38_143685_box_Incident_Summaries_173-233
Agency: Department of War
Page 132
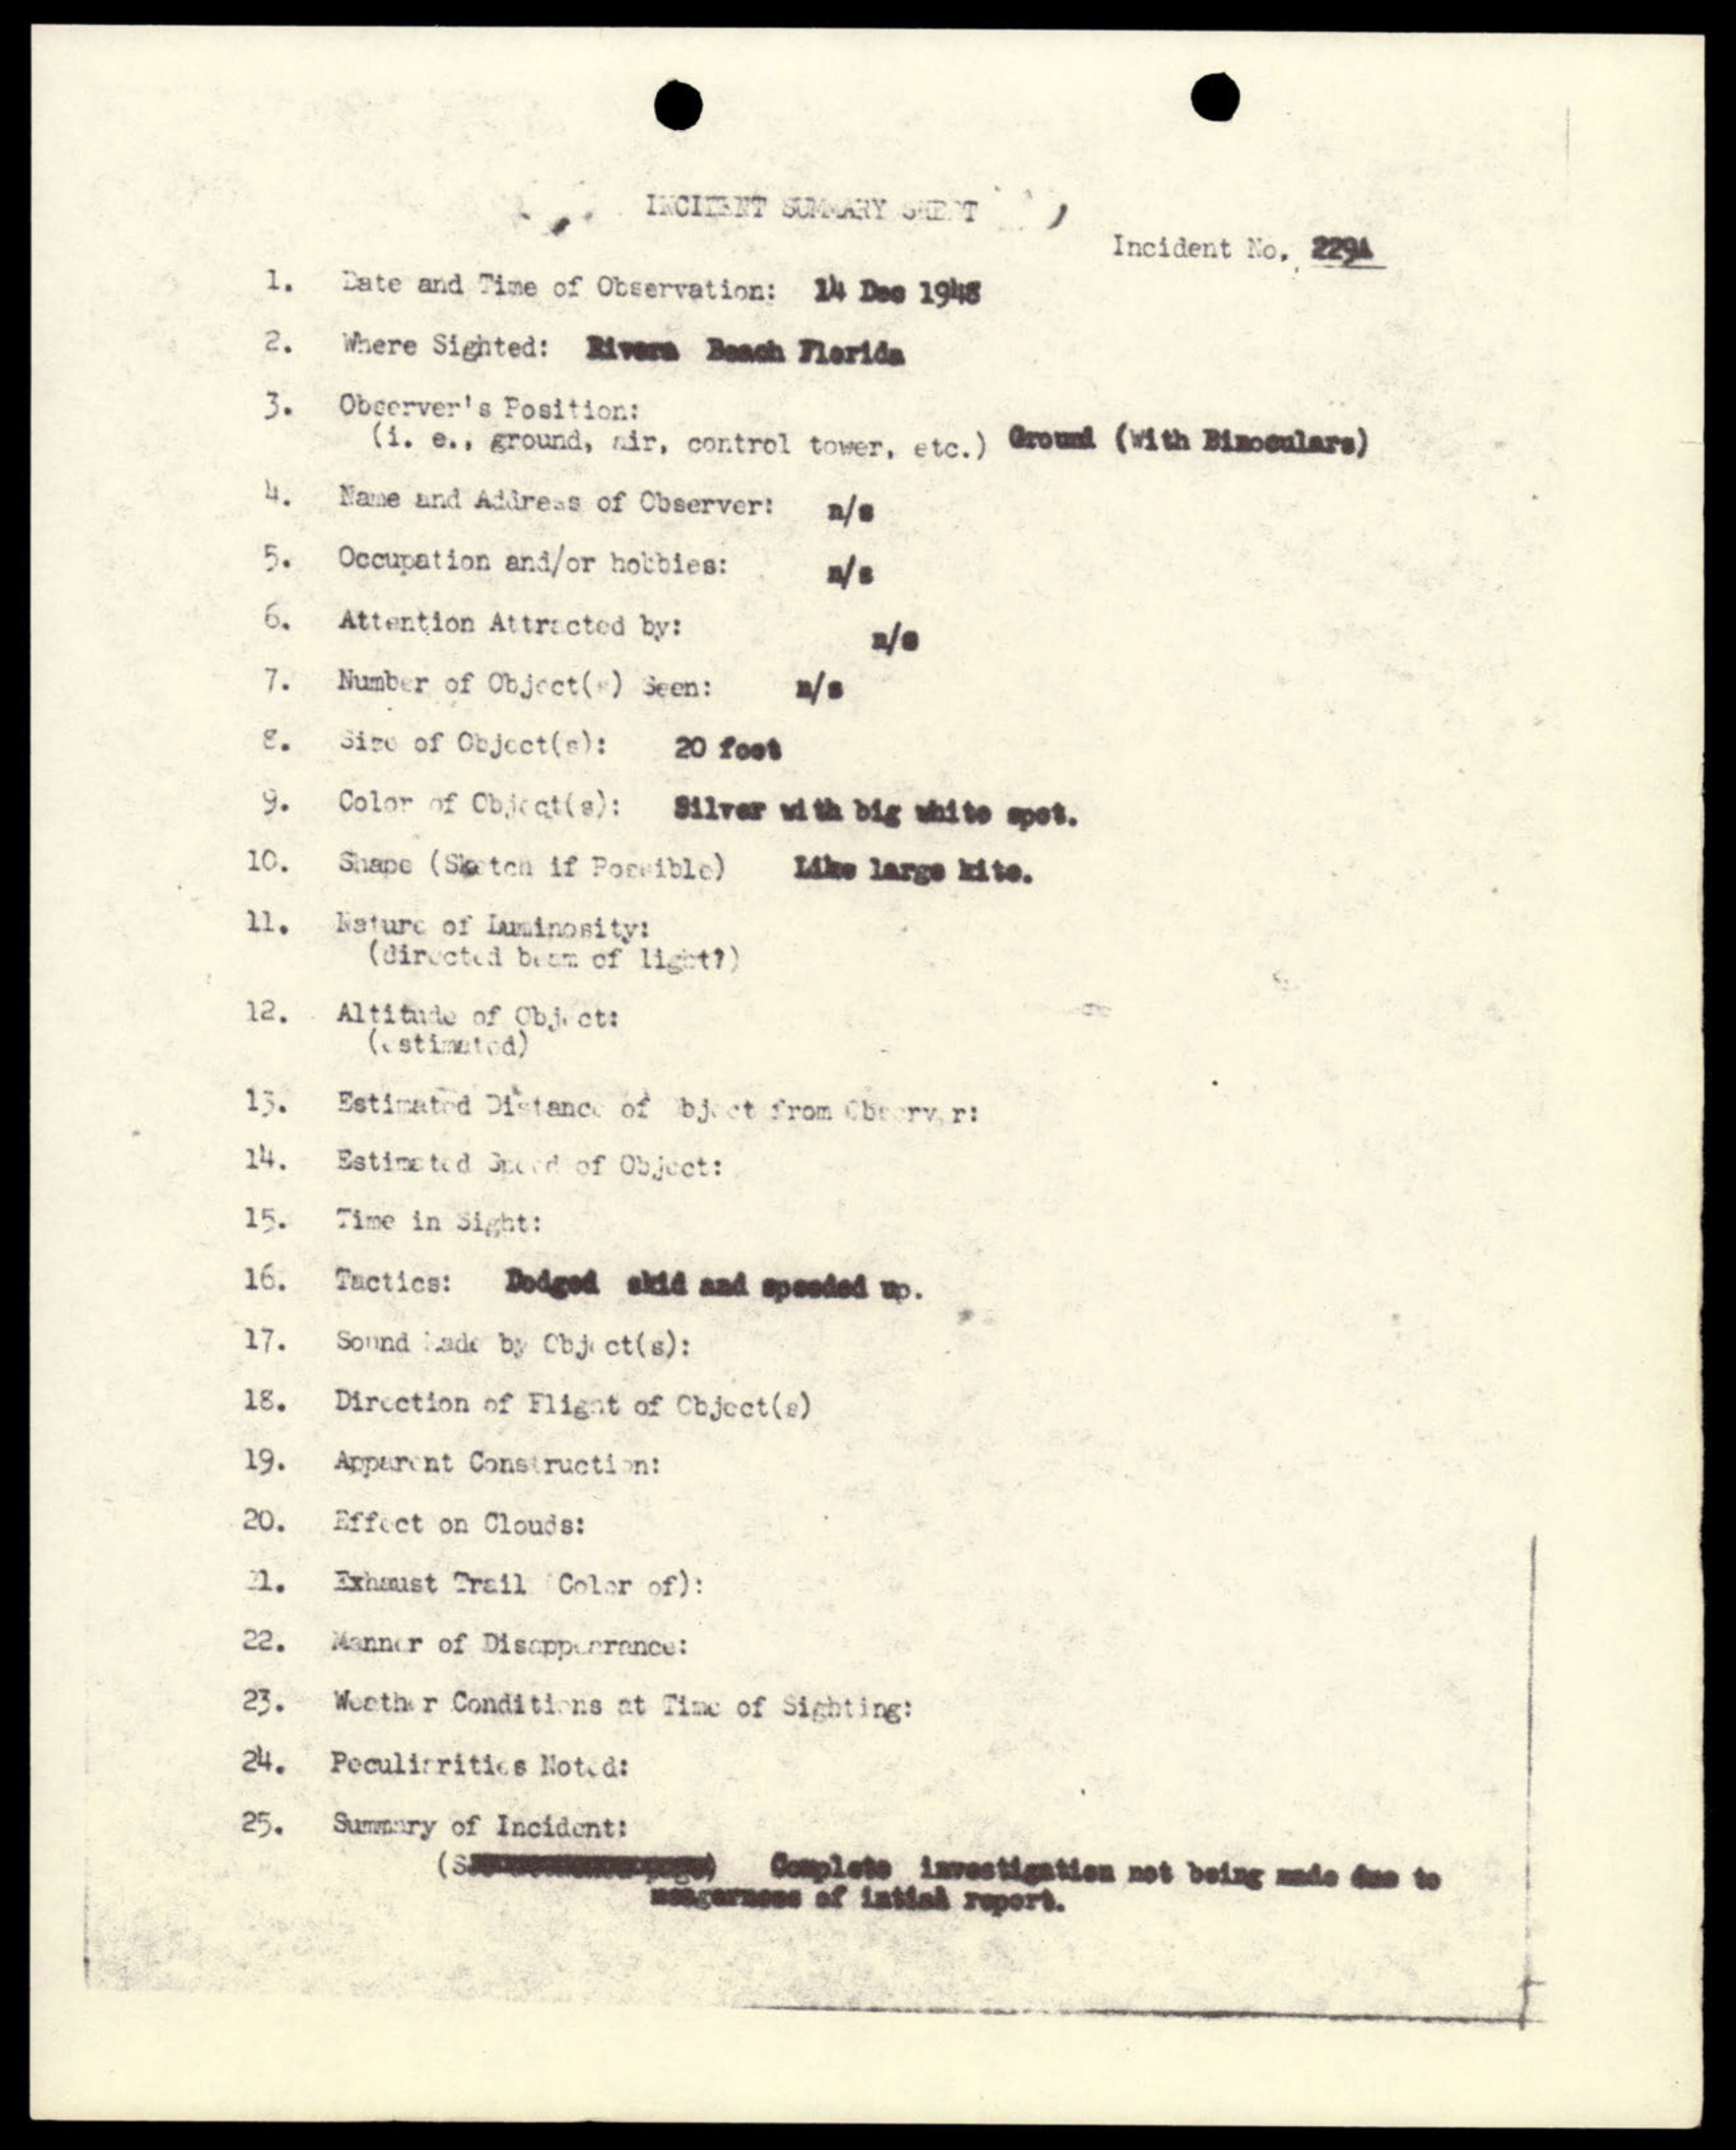